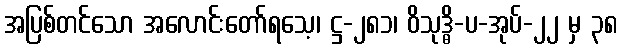
အပြစ်တင်သော အလောင်းတော်ရသေ့၊ ဋ္ဌ-၂၈၁၊ ဝိသုဒ္ဓိ-ပ-အုပ်-၂၂ မှ ၃၈